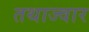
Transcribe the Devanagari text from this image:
तथाज्वार